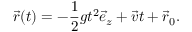
\vec { r } ( t ) = - \frac { 1 } { 2 } g t ^ { 2 } \vec { e } _ { z } + \vec { v } t + \vec { r } _ { 0 } .